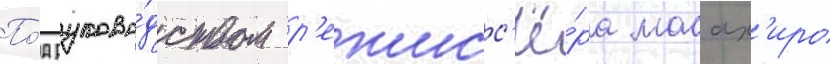
По́д руково́дством р'ежисс'ё́ра масах'иро